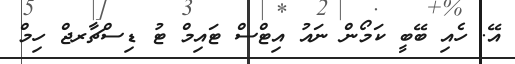
އޭ. ހެއި ބޭބީ ކަމޯން ނައު އިޓްސް ޓައިމް ޓު ޑިސްޗާރޖް ހިމް